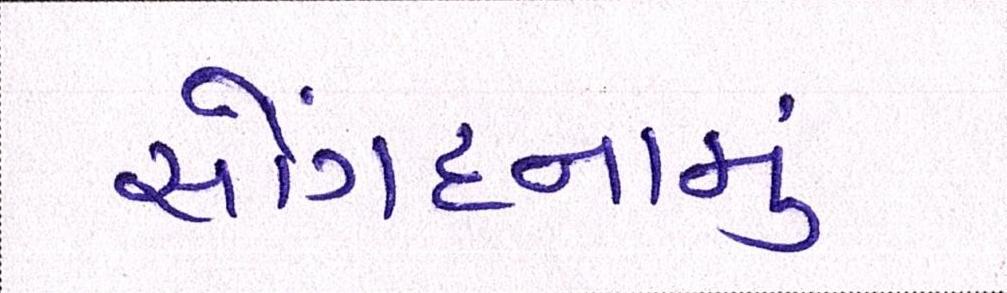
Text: સોંગદનામું